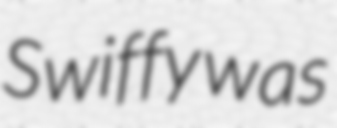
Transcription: Swiffy was